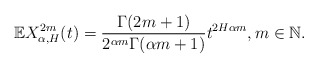
\begin{align*}\mathbb{E}X^{2m}_{\alpha, H}(t)= \frac{\Gamma(2m+1)}{2^{\alpha m}\Gamma(\alpha m+1)}t^{2H\alpha m}, m \in \mathbb{N}.\end{align*}